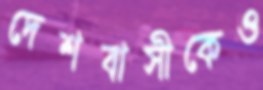
দেশবাসীকেও